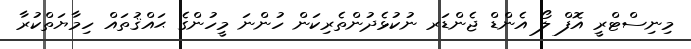
މިނިސްޓްރީ އޮފް ލޯ އެންޑް ޖެންޑަރ ނުކުޅެދުންތެރިކަން ހުންނަ މީހުންގެ ޙައްޤުތައް ހިމާޔަތްކުރާ